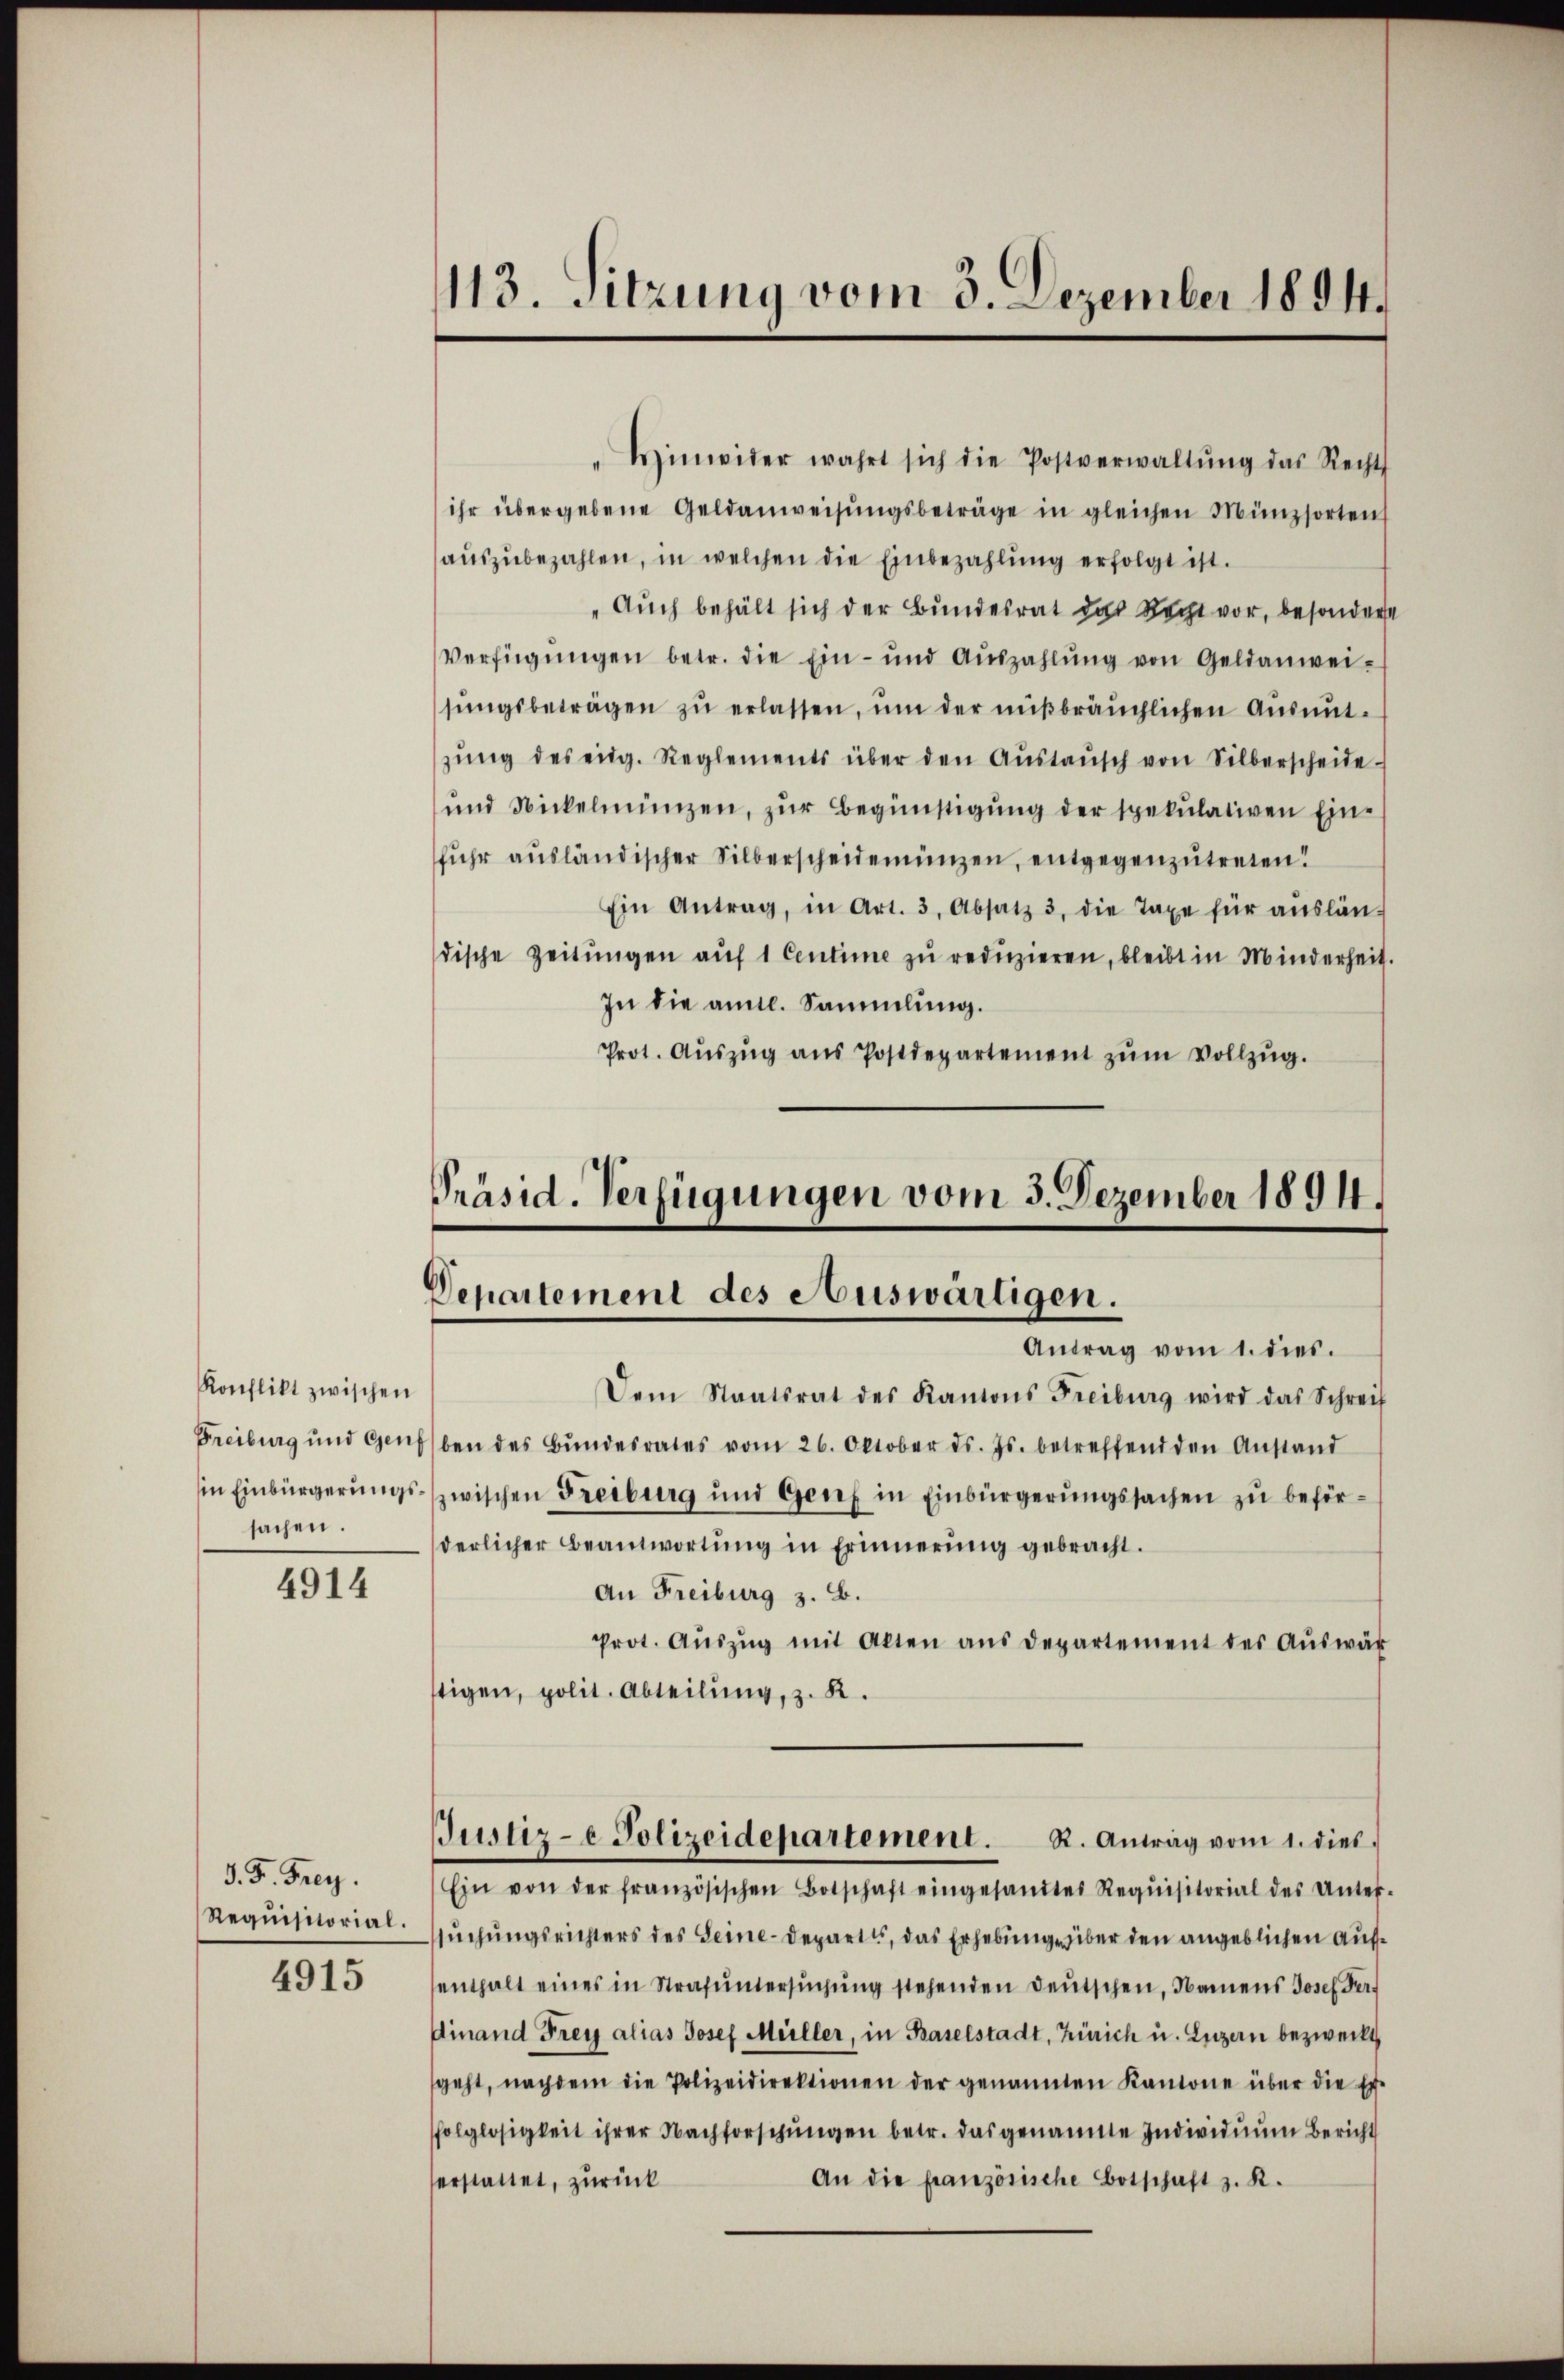
Konflikt zwischen
sachen.

4914

d. F. Frey.
4915

"Einwider wahrt sich die Postverwaltŭng das Recht
ihr übergebene Geldanweisŭngsbeträge in gleichen Münzsorten
aŭszŭbezahlen, in welchen die Einbezahlung erfolgt ist.
" Auch behält sich der Bundesrat das Recht vor, besondere
Verfügŭngen betr. die Ein- und Aŭszahlŭng von Geldanwei-
sŭngsbeträgen zŭ erlassen, ŭm der mißbräuchlichen Aŭsmit-
zŭng des eidg. Reglements über den Aŭstaŭsch von Silberscheide
ŭnd Nickelmünzen, zŭr Begünstigŭng der spekulativen Ein-
fuhr ausländischer Silberscheidemünzen, entgegenzutreten!
Ein Antrag, in Art. 3, Absatz 3. die Taxe für auslän-
dische Zeitungen auf 1 Centime zu reduzieren, bleibt in Minderheit.
In die amtl. Sammlung.
Prot. Auszug aus Postdepartement zum Vollzug.

Dem Staatsrat des Kantons Freiburg wird das Schreif
Freiburg und Gensben des Bŭndesrates vom 26. Oktober ds. Js. betreffend den Anstand
in Einbürgerungs- zwischen Freiburg und Genf in Einbürgerungssachen zu beförderlicher Beantwortŭng in Erinnerung gebracht.
An Freiburg z. B.
Prot. Aŭszŭg mit Alten aŭs departement des Aŭswär
stigen, polit. Abteilung, z. R.

113. Sitzung vom 3. Dezember 1894.

Präsid. Verfügungen vom 3. Dezember 1894.
Departement des Auswärtigen.
Antrag vom 1. dies

Justiz-e Polizeidepartement. R. Antrag vom 1. dies

Ein von der französischen Botschaft eingesandtes Requisitorial des Unter-
Requisitorial-Sŭchŭngsrichters des Seine-Departis, das Erhebungsüber den angeblichen Aufsenthalt eines in Strafuntersuchung stehenden Deutschen, Namens Josef Perdinand Frey alias Josef Meiller, in Baselstadt, Zürich u. Luzern bezweckt
geht, nachdem die Polizeidirektionen der genannten Kantone über die Er-
folglosigkeit ihrer Nachforschungen betr. das genannte Individuum Bericht
An die französische Botschaft z. R.
erstattet, zurück